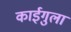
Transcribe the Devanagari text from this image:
काईगुला